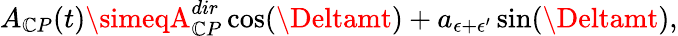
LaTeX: A_{\mathbb{C}P}(t)\simeqA_{\mathbb{C}P}^{dir}\cos(\Deltamt)+a_{\epsilon+\epsilon^{\prime}}\sin(\Deltamt),